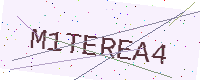
Text: M1TEREA4